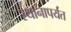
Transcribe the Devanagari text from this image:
स्थानापर्यंत